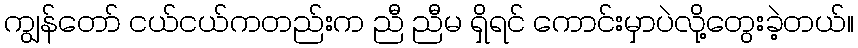
ကျွန်တော် ငယ်ငယ်ကတည်းက ညီ ညီမ ရှိရင် ကောင်းမှာပဲလို့တွေးခဲ့တယ်။